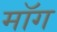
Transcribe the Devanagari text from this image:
माॅग